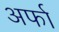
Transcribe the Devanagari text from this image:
अर्फा